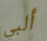
ألبي